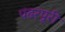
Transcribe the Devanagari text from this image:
पंढरपूरी